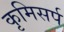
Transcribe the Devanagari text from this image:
कृमिसर्प